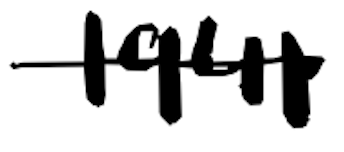
Text: 1941
Cross-out: single-line
Writing tool: digital_black